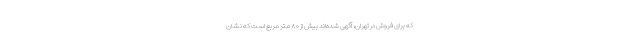
که برای فروش در تهران، آگهی شده‌اند بیش از ۸۰ متر مربع است که نشان